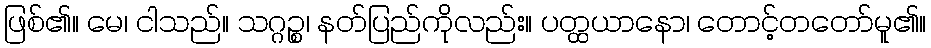
ဖြစ်၏။ မေ၊ ငါသည်။ သဂ္ဂဉ္စ၊ နတ်ပြည်ကိုလည်း။ ပတ္ထယာနော၊ တောင့်တတော်မူ၏။